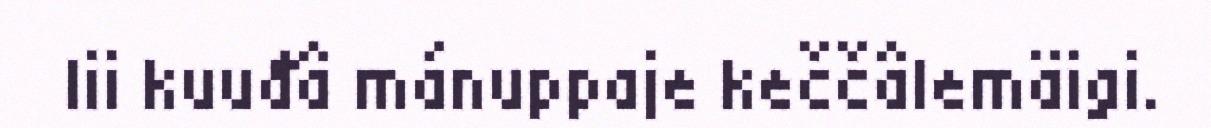
lii kuuđâ mánuppaje keččâlemäigi.